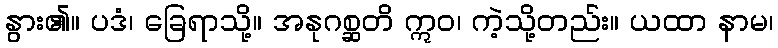
နွား၏။ ပဒံ၊ ခြေရာသို့။ အနုဂစ္ဆတိ ဣဝ၊ ကဲ့သို့တည်း။ ယထာ နာမ၊